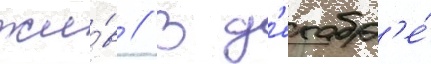
жи́в // В д'екабр'е́